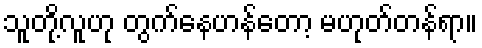
သူတို့လူဟု တွက်နေဟန်တော့ မဟုတ်တန်ရာ။